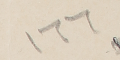
١٦٦